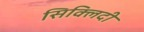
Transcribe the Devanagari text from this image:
सिक्लिदी